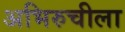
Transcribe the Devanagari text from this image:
अभिरुचीला